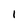
Character: 1